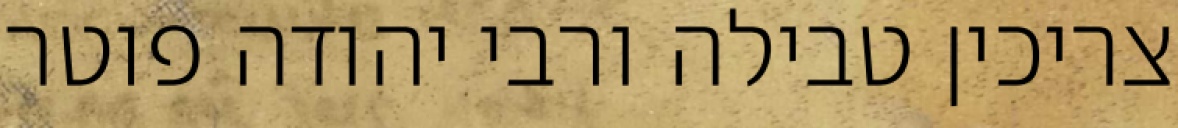
צריכין טבילה ורבי יהודה פוטר